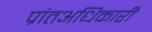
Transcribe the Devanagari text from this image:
प्रांतअधिकारी